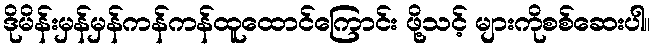
ဒိုမိန်းမှန်မှန်ကန်ကန်ထူထောင်ကြောင်း ဖို့သင့် များကိုစစ်ဆေးပါ။